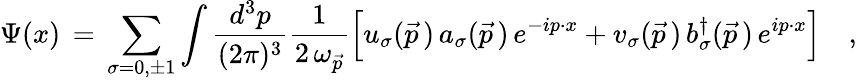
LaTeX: \Psi(x)\, =\, \sum_{\sigma=0,\pm 1}\int{\frac{d^{3}p}{(2\pi)^{3}}}{\frac{1}{2\, \omega_{\vec{p}}}}\Big[u_{\sigma}(\vec{p}\, )\, a_{\sigma}(\vec{p}\, )\, e^{-ip\cdot x}+v_{\sigma}(\vec{p}\, )\, b_{\sigma}^{\dagger}(\vec{p}\, )\, e^{ip\cdot x}\Bigr]\quad,